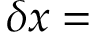
\delta x =